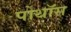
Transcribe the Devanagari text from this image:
पोथॉस